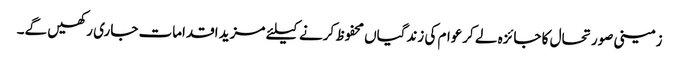
زمینی صورتحال کا جائزہ لے کرعوام کی زندگیاں محفوظ کرنے کیلئے مزید اقدامات جاری رکھیں گے۔